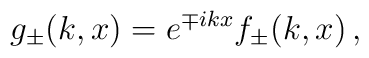
g_\pm(k,x)=e^{\mp ikx}f_\pm(k,x) \,,